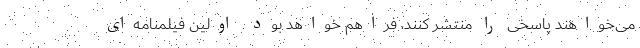
می‌خواهند پاسخی را منتشر کنند، فراهم خواهد بود. اولین فیلمنامه‌ای